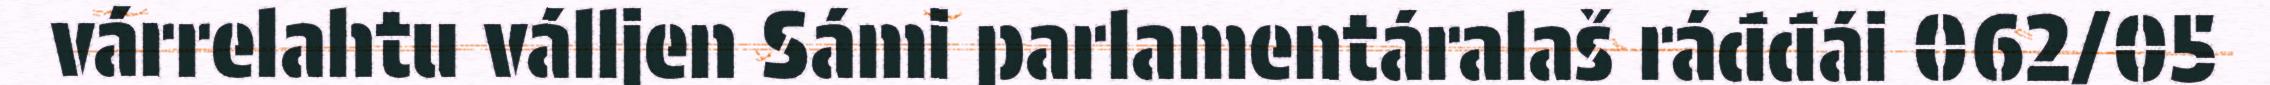
várrelahtu válljen Sámi parlamentáralaš ráđđái 062/05